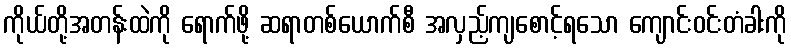
ကိုယ်တို့အတန်းထဲကို ရောက်ဖို့ ဆရာတစ်ယောက်စီ အလှည့်ကျစောင့်ရသော ကျောင်းဝင်းတံခါးကို